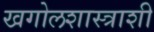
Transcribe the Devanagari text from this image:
खगोलशास्त्राशी